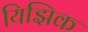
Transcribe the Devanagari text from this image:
यिझिक